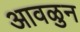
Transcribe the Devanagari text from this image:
आवळुन